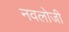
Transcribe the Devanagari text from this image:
नवलोजी